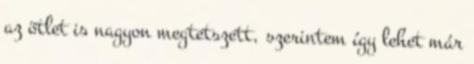
az ötlet is nagyon megtetszett, szerintem így lehet már